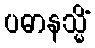
ပဓာနသ္မိံ